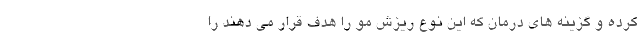
کرده و گزینه های درمان که این نوع ریزش مو را هدف قرار می دهند را